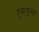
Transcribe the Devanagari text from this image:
हुमायूंच्या